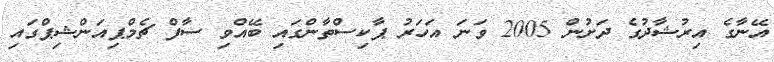
އޭނާގެ އިރުޝާދުގެ ދަށުން 2005 ވަނަ އަހަރު ޕާކިސްތާންގައި ބޭއްވި ސާފް ޗެމްޕިއަންޝިޕްގައި